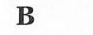
B